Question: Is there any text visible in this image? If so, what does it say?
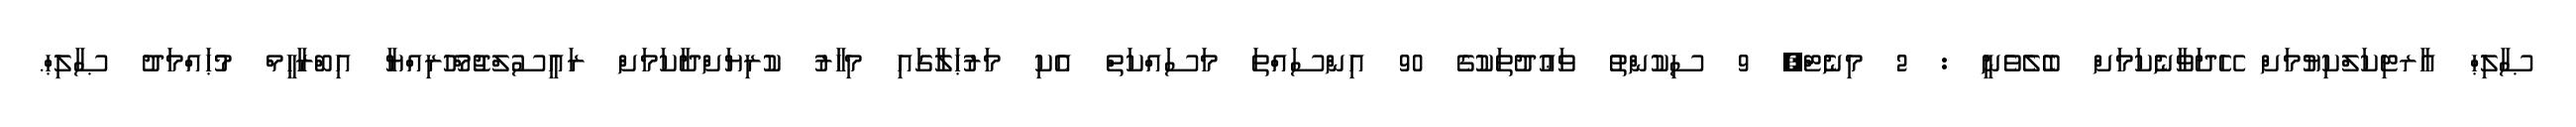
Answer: ޞާލިޙް އާރޓިކަލްކިޔުމަށް ހޭދަވާނެކަމަށް ބެލެވެނީ : 2 މިނެޓް, 9 ސިކުންތު ވަޢުދުތަކުގެ 90 އިންސައްތަ މަސައްކަތް އެކި މަރުޙަލާގައި މިހާރު ކުރިޔަށްދާކަމަށް ރައީސުލްޖުމްހޫރިއްޔާ އިބްރާހީމް މުޙައްމަދު ޞާލިޙް.